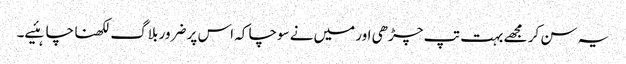
یہ سن کر مجھے بہت تپ چڑھی اور میں‌نے سوچا کہ اس پر ضرور بلاگ لکھنا چاہئیے۔